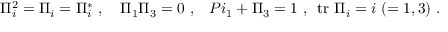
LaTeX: \Pi _ { i } ^ { 2 } = \Pi _ { i } = \Pi _ { i } ^ { * } \ , \ \ \ \Pi _ { 1 } \Pi _ { 3 } = 0 \ , \ \ \, P i _ { 1 } + \Pi _ { 3 } = 1 \ , \, \ \mathrm { t r } \ \Pi _ { i } = i \ ( = 1 , 3 ) \ .